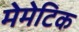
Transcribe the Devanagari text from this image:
मेमेटिक